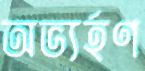
অভ্যর্হণ